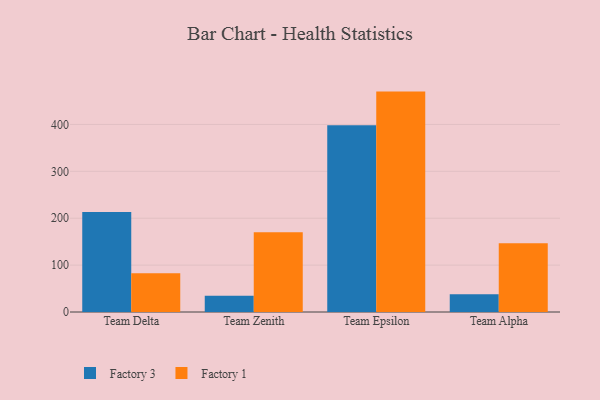
{"axis": {"x": "Team", "y": "Population (Million)"}, "legend": ["Factory 1", "Factory 3"], "data": [{"x": "Team Delta", "y": 213.3, "type": "Factory 3"}, {"x": "Team Delta", "y": 82.6, "type": "Factory 1"}, {"x": "Team Zenith", "y": 34.7, "type": "Factory 3"}, {"x": "Team Zenith", "y": 170.0, "type": "Factory 1"}, {"x": "Team Epsilon", "y": 398.3, "type": "Factory 3"}, {"x": "Team Epsilon", "y": 470.0, "type": "Factory 1"}, {"x": "Team Alpha", "y": 37.6, "type": "Factory 3"}, {"x": "Team Alpha", "y": 146.5, "type": "Factory 1"}]}